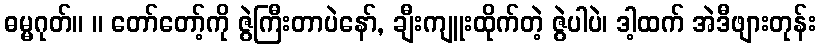
ဓမ္မဂုတ်။ ။ တော်တော့်ကို ဇွဲကြီးတာပဲနော်, ချီးကျူးထိုက်တဲ့ ဇွဲပါပဲ၊ ဒါ့ထက် အဲဒီဖျားတုန်း